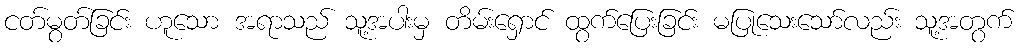
ငတ်မွတ်ခြင်း ဟူသော အရာသည် သူ့အပါးမှ တိမ်းရှောင် ထွက်ပြေးခြင်း မပြုသေးသော်လည်း သူ့အတွက်